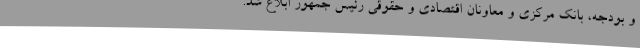
و بودجه، بانک مرکزی و معاونان اقتصادی و حقوقی رئیس جمهور ابلاغ شد.